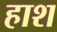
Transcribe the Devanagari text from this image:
हाश